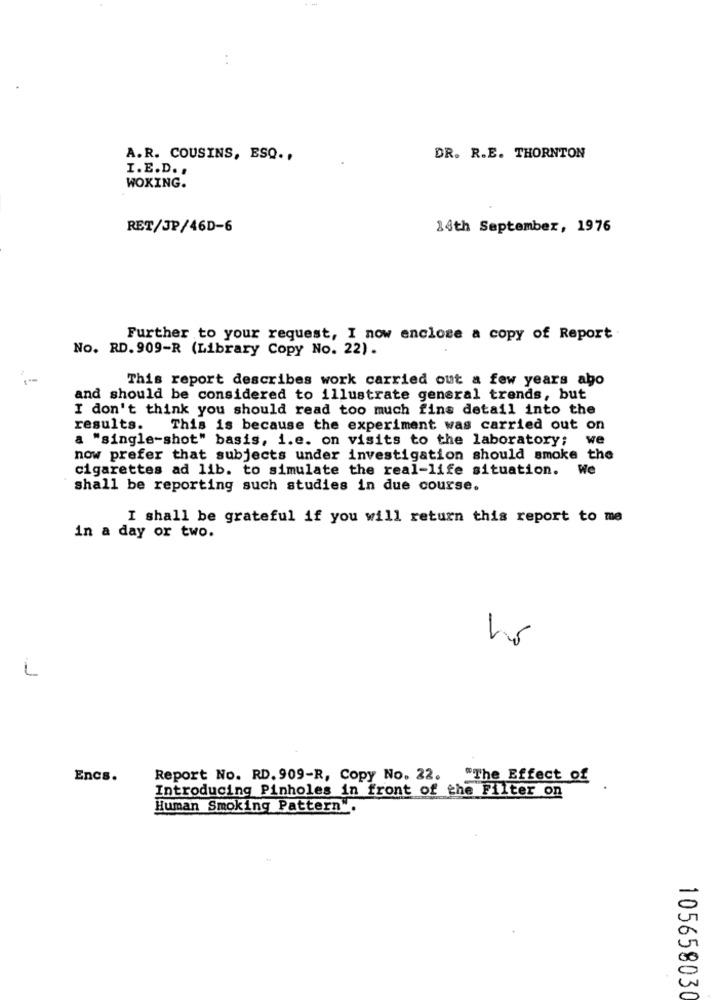
A.R. COUSINS, ESQ .,
DR. R.E. THORNTON
I.E.D. .
WOKING.
RET/JP/46D-6
14th September, 1976
Further to your request, I now enclose a copy of Report
No. RD. 909-R (Library Copy No. 22).
This report describes work carried out a few years ago
and should be considered to illustrate general trends, but
I don't think you should read too much fins detail into the
results.
This is because the experiment was carried out on
a "single-shot" basis, i.e. on visits to the laboratory; we
now prefer that subjects under investigation should smoke the
cigarettes ad lib. to simulate the real-life situation. We
shall be reporting such studies in due course.
I shall be grateful if you will return this report to me
in a day or two.
3
Encs.
Report No. RD. 909-R, Copy No. 22.
"The Effect of
Introducing Pinholes in front of the Filter on
Human Smoking Pattern".
105658030